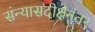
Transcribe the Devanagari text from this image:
संन्यासदीक्षेनंतर